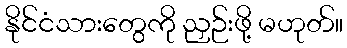
နိုင်ငံသားတွေကို ညှဉ်းဖို့ မဟုတ်။